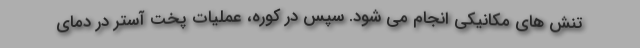
تنش های مکانیکی انجام می شود. سپس در کوره، عملیات پخت آستر در دمای